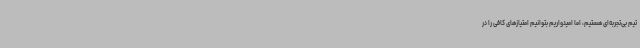
تیم بی‌تجربه‌ای هستیم، اما امیدواریم بتوانیم امتیازهای کافی را در